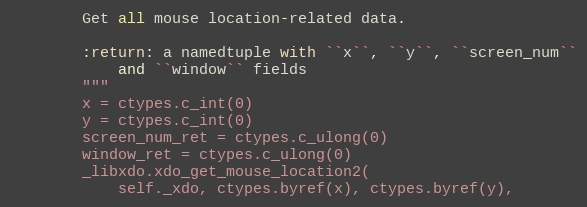
Language: Python
        Get all mouse location-related data.

        :return: a namedtuple with ``x``, ``y``, ``screen_num``
            and ``window`` fields
        """
        x = ctypes.c_int(0)
        y = ctypes.c_int(0)
        screen_num_ret = ctypes.c_ulong(0)
        window_ret = ctypes.c_ulong(0)
        _libxdo.xdo_get_mouse_location2(
            self._xdo, ctypes.byref(x), ctypes.byref(y),